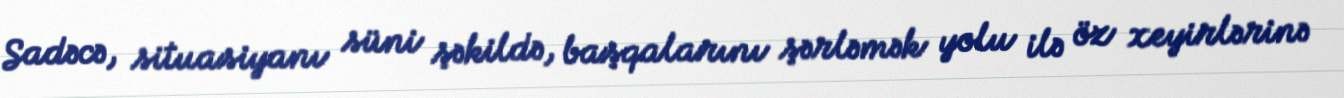
Sadəcə, situasiyanı süni şəkildə, başqalarını şərləmək yolu ilə öz xeyirlərinə